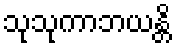
သုသုကာဘယန္တိ